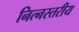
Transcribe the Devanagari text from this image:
नित्नस्तरीय